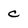
Character: c